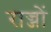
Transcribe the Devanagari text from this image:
राज्जों